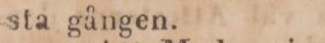
sta gången.